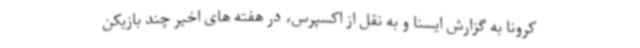
کرونا به گزارش ایسنا و به نقل از اکسپرس، در هفته های اخیر چند بازیکن